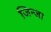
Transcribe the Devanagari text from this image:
जिन्जा